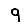
Digit: 9